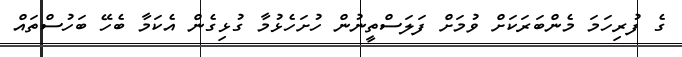
ގެ ފުރިހަމަ މެންބަރަކަށް ވުމަށް ފަލަސްތީނުން ހުށަހެޅުމާ ގުޅިގެން އެކަމާ ބެހޭ ބަހުސްތައް